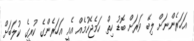
އަހަރެންނަށް ލިބޭ ވަރަށް ބޮޑު ހިތް ހަމެޖެހުމެއް އެއީ އަހަރެންގެ ކުރީގެ ކުލަބަށް